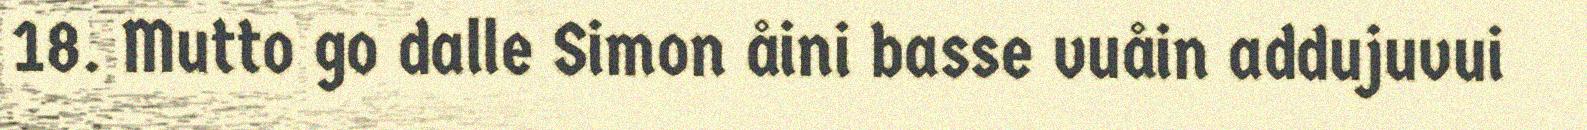
18. Mutto go dalle Simon åini basse vuåin addujuvui